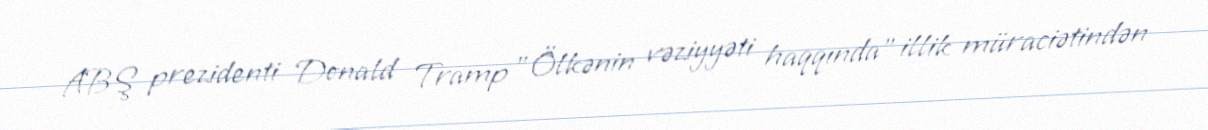
ABŞ prezidenti Donald Tramp "Ölkənin vəziyyəti haqqında" illik müraciətindən